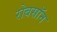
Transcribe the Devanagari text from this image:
रोबसॉन